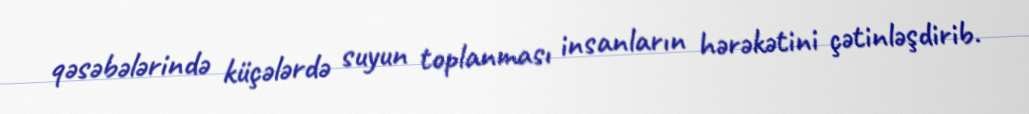
qəsəbələrində küçələrdə suyun toplanması insanların hərəkətini çətinləşdirib.